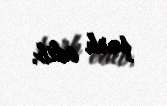
şərh edib.